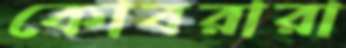
কোবরারা